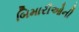
બિમારીઓની